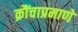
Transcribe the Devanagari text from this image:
क्रौंचाप्रमाणे